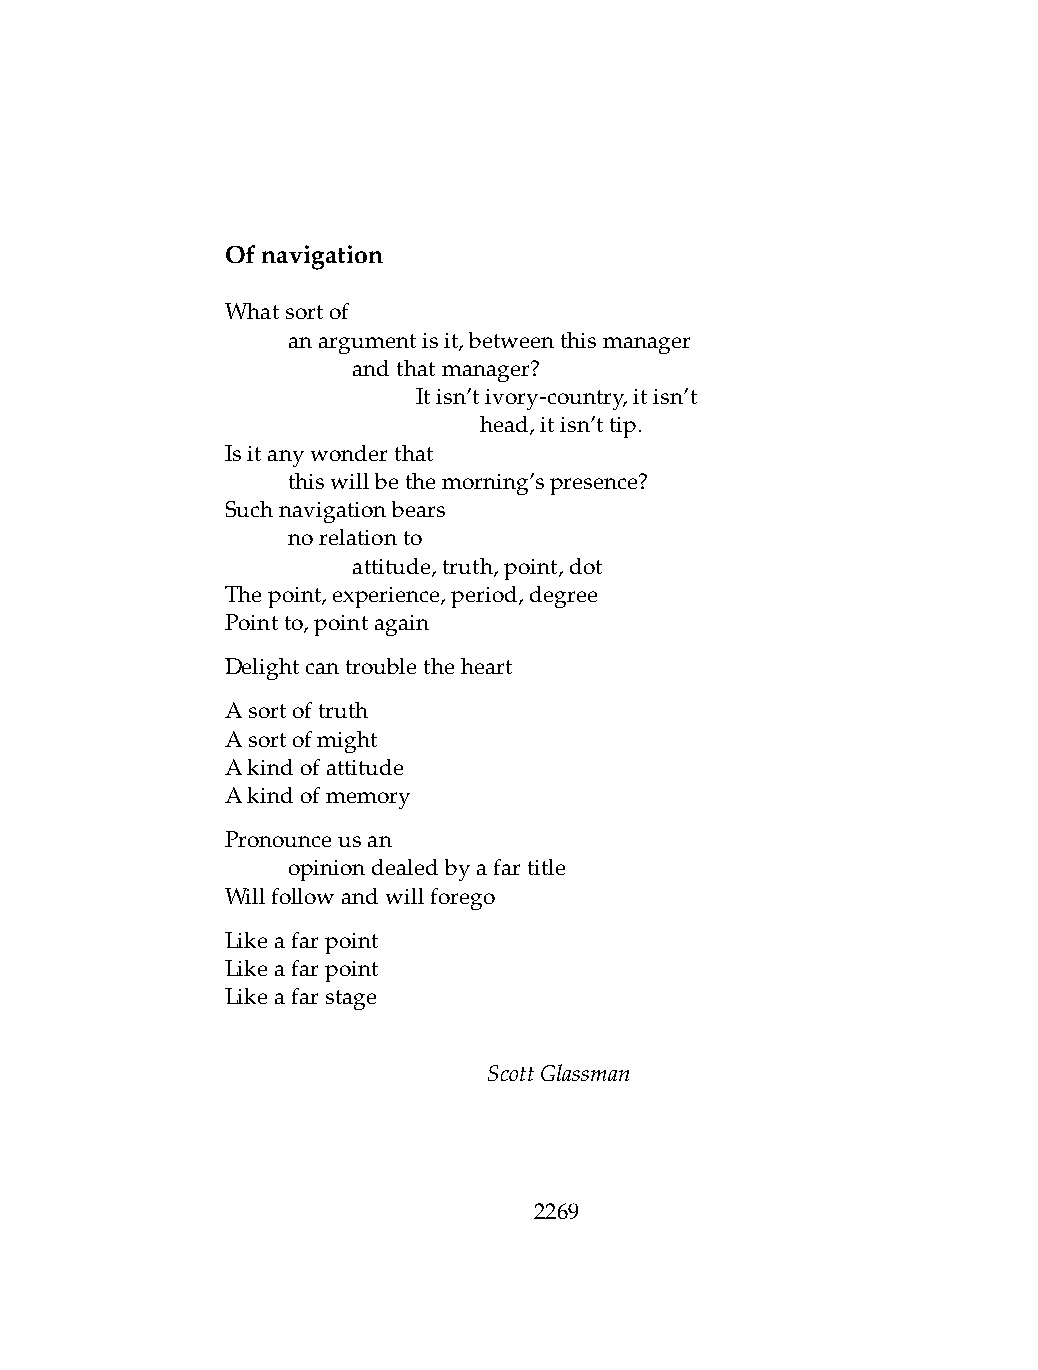
Ofnavigation
 Whatsortof
 .   anargumentisit,betweenthismanager
 .   .   andthatmanager?
 .   .   .    Itisn’tivory-country,itisn’t
 .   .   .    .   head,itisn’ttip.
 Isitanywonderthat
 .   thiswillbethemorning’spresence?
 Suchnavigationbears
 .   norelationto
 .   .   attitude,truth,point,dot
 Thepoint,experience,period,degree
 Pointto,pointagain
 Delightcantroubletheheart
 Asortoftruth
 Asortofmight
 Akindofattitude
 Akindofmemory
 Pronounceusan
 .   opiniondealedbyafartitle
 Willfollowandwillforego
 Likeafarpoint
 Likeafarpoint
 Likeafarstage
 ScottGlassman
 2269